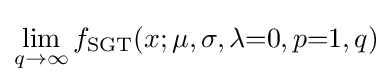
\lim _{q\to \infty }f_{\text{SGT}}(x;\mu ,\sigma ,\lambda {=}0,p{=}1,q)